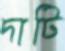
দাটি